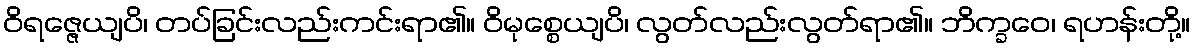
ဝိရဇ္ဇေယျပိ၊ တပ်ခြင်းလည်းကင်းရာ၏။ ဝိမုစ္စေယျပိ၊ လွတ်လည်းလွတ်ရာ၏။ ဘိက္ခဝေ၊ ရဟန်းတို့။